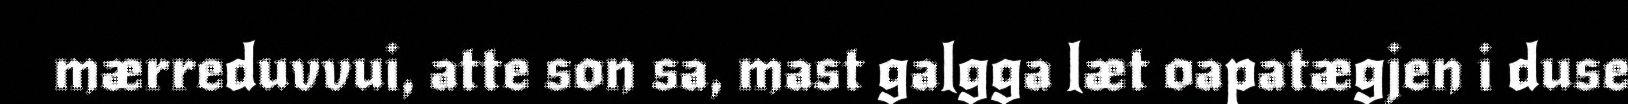
mærreduvvui, atte son sa, mast galgga læt oapatægjen i duse